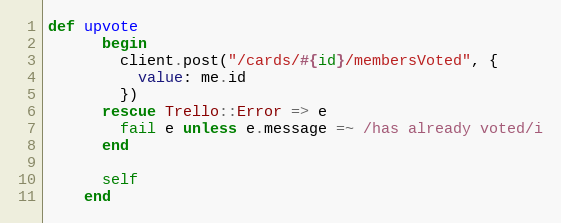
Language: Ruby
def upvote
      begin
        client.post("/cards/#{id}/membersVoted", {
          value: me.id
        })
      rescue Trello::Error => e
        fail e unless e.message =~ /has already voted/i
      end

      self
    end